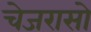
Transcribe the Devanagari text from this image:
चेजरासो